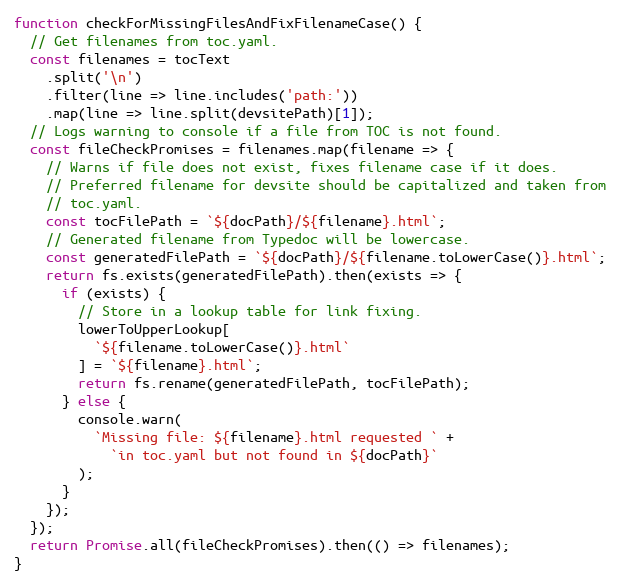
Language: JavaScript
function checkForMissingFilesAndFixFilenameCase() {
  // Get filenames from toc.yaml.
  const filenames = tocText
    .split('\n')
    .filter(line => line.includes('path:'))
    .map(line => line.split(devsitePath)[1]);
  // Logs warning to console if a file from TOC is not found.
  const fileCheckPromises = filenames.map(filename => {
    // Warns if file does not exist, fixes filename case if it does.
    // Preferred filename for devsite should be capitalized and taken from
    // toc.yaml.
    const tocFilePath = `${docPath}/${filename}.html`;
    // Generated filename from Typedoc will be lowercase.
    const generatedFilePath = `${docPath}/${filename.toLowerCase()}.html`;
    return fs.exists(generatedFilePath).then(exists => {
      if (exists) {
        // Store in a lookup table for link fixing.
        lowerToUpperLookup[
          `${filename.toLowerCase()}.html`
        ] = `${filename}.html`;
        return fs.rename(generatedFilePath, tocFilePath);
      } else {
        console.warn(
          `Missing file: ${filename}.html requested ` +
            `in toc.yaml but not found in ${docPath}`
        );
      }
    });
  });
  return Promise.all(fileCheckPromises).then(() => filenames);
}